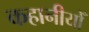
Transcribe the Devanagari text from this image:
कहानीयोँ